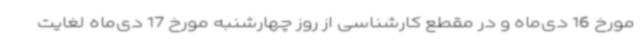
مورخ 16 دی‌ماه و در مقطع کارشناسی از روز چهارشنبه مورخ 17 دی‌ماه لغایت